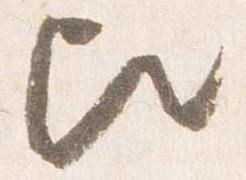
歟